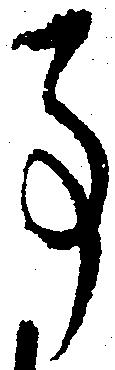
事